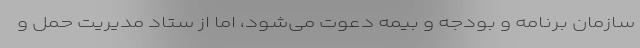
سازمان برنامه و بودجه و بیمه دعوت می‌شود، اما از ستاد مدیریت حمل و